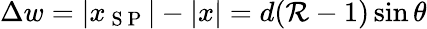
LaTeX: \Delta w=|x_{\mathrm{~S~P~}}|-|x|=d(\mathcal{R}-1)\sin{\theta}